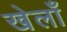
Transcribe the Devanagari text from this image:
खेलाँ